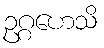
ဥဂ္ဂဟေသိ